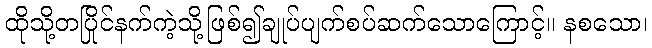
ထိုသို့တပြိုင်နက်ကဲ့သို့ဖြစ်၍ချုပ်ပျက်စပ်ဆက်သောကြောင့်။ နစသော၊